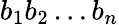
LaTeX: b_{1}b_{2}\dots b_{n}